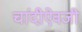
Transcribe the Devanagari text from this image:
चांदीऐवजी